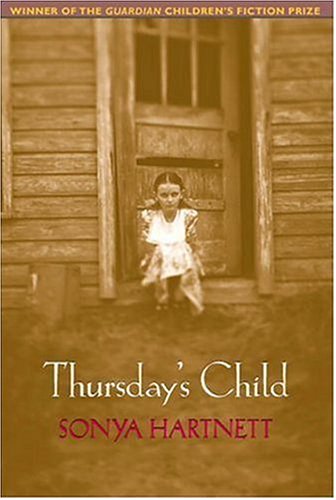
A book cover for Thursday's Child; Sonya Hartnett; Teen & Young Adult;